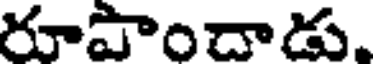
రూపొంచాడు.